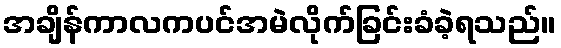
အချိန်ကာလကပင်အမဲလိုက်ခြင်းခံခဲ့ရသည်။